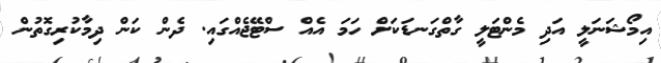
އިމޯޝަނަލީ އަދި މެންޓަލީ ގާތްގަނޑަކަށް ހަމަ އެއް ސްޓޭޖެއްގައި. ދެން ކަން ދިމާކުރިގޮތުން